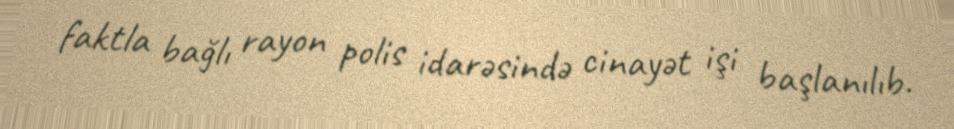
faktla bağlı rayon polis idarəsində cinayət işi başlanılıb.